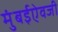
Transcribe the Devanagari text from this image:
मुंबईऐवजी